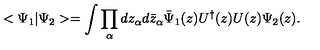
< \Psi _ { 1 } | \Psi _ { 2 } > = \int \prod _ { \alpha } d z _ { \alpha } d \bar { z } _ { \alpha } \bar { \Psi } _ { 1 } ( z ) U ^ { \dagger } ( z ) U ( z ) \Psi _ { 2 } ( z ) .